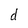
Character: d